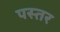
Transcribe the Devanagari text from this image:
पस्तर